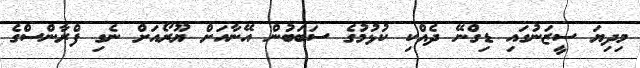
މިދިޔަ ސީޒަނުގައި ޑިގްނޭ ދެއްކި ކުޅުމުގެ ސަބަބުން އޭނާއަށް ޔޫރޯއަށް ނެގި ފްރާންސްގެ